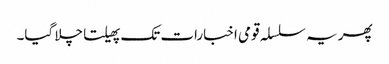
پھر یہ سلسلہ قومی اخبارات تک پھیلتا چلا گیا۔